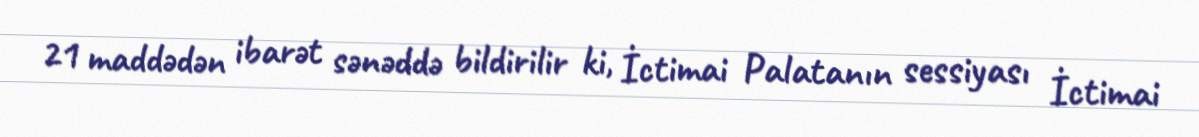
21 maddədən ibarət sənəddə bildirilir ki, İctimai Palatanın sessiyası İctimai